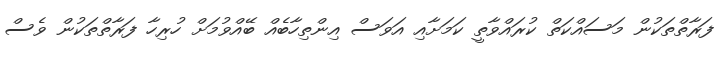
ފަރާތްތަކުން މަސައްކަތް ކުރައްވާތީ ކަމަށާއި އަވަސް އިންތިހާބެއް ބޭއްވުމަށް ހުރިހާ ފަރާތްތަކުން ވެސް